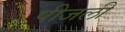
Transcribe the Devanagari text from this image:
पीजली